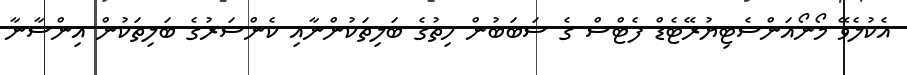
އެކުލެވޭ މޯނޯއަންސެޓިޔުރޭޓެޑް ފެޓްސް ގެ ސަބަބުން ހިތުގެ ބަލިތަކުންނާއި ކެންސަރުގެ ބަލިތަކުން އިންސާނާ